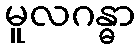
မူလဂန္ဓာ